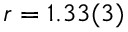
r = 1 . 3 3 ( 3 )